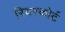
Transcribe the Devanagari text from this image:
रियरकोर्ट